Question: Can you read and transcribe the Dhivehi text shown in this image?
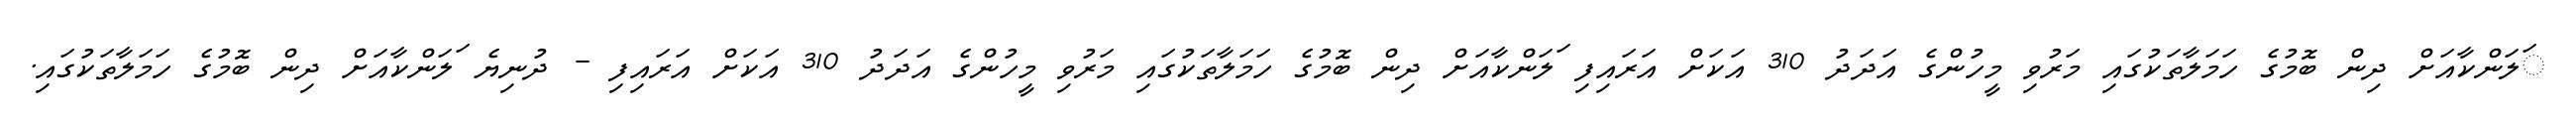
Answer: ަލަންކާއަށް ދިން ބޮމުގެ ހަމަލާތަކުގައި މަރުވި މީހުންގެ އަދަދު 310 އަކަށް އަރައިފި ަލަންކާއަށް ދިން ބޮމުގެ ހަމަލާތަކުގައި މަރުވި މީހުންގެ އަދަދު 310 އަކަށް އަރައިފި - ދުނިޔެ ަލަންކާއަށް ދިން ބޮމުގެ ހަމަލާތަކުގައި.